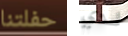
حفلتنا لدي